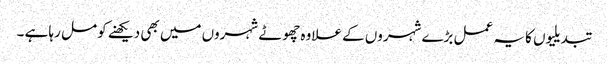
تبدیلیوں کا یہ عمل بڑے شہروں کے علاوہ چھوٹے شہروں میں بھی دیکھنے کو مل رہا ہے ۔